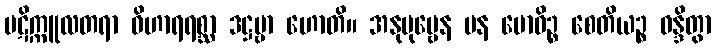
ပဋိက္ကူလတရာ ဝိဟာရရစ္ဆာ ဒဋ္ဌဗ္ဗာ ဟောတိ။ အနုပုဗ္ဗေန ပန ဗောဓိဉ္စ စေတိယဉ္စ ဝန္ဒိတွာ